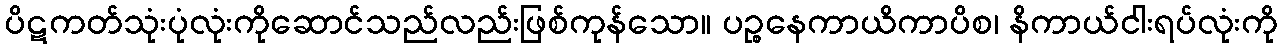
ပိဋကတ်သုံးပုံလုံးကိုဆောင်သည်လည်းဖြစ်ကုန်သော။ ပဉ္စနေကာယိကာပိစ၊ နိကာယ်ငါးရပ်လုံးကို